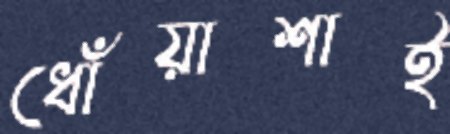
ধোঁয়াশাই